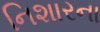
નિશારના